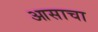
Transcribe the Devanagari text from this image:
आसाचा